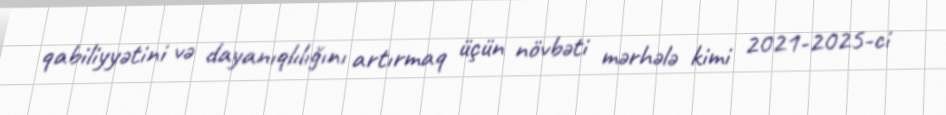
qabiliyyətini və dayanıqlılığını artırmaq üçün növbəti mərhələ kimi 2021-2025-ci